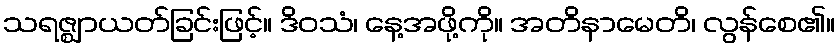
သရဇ္ဈာယတ်ခြင်းဖြင့်။ ဒိဝသံ၊ နေ့အဖို့ကို။ အတိနာမေတိ၊ လွန်စေ၏။